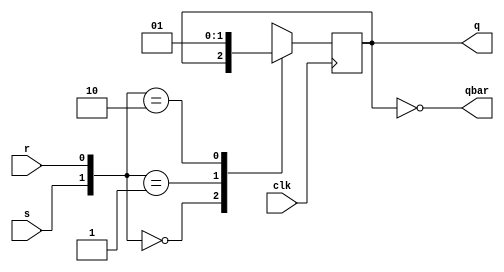
`timescale 1ns / 1ns
//////////////////////////////////////////////////////////////////////////////////
// Company: 
// Engineer: 
// 
// Design Name: 
// Module Name: SR_flipflop_2
// Project Name: 
// Target Devices: 
// Tool Versions: 
// Description: 
// 
// Dependencies: 
// 
// Revision:
// Revision 0.01 - File Created
// Additional Comments:
// 
//////////////////////////////////////////////////////////////////////////////////


module SR_flipflop_2(q,qbar,s,r,clk );
  input s,r,clk;
  output reg q;
  output qbar;
  always @(posedge clk)  //positive edge triggered flipflop
  begin
    case({s,r})
     2'b00:q=q;
     2'b01:q=1'b0;    
     2'b10:q=1'b1;
     2'b11:q=1'bx;  //indeterminent value 
     endcase
    end
    assign qbar=~q; //complement of q
endmodule